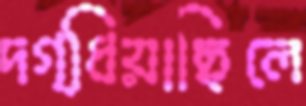
দগ্ধিয়াছিলে